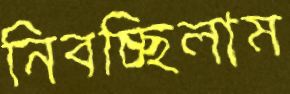
নিবচ্ছিলাম